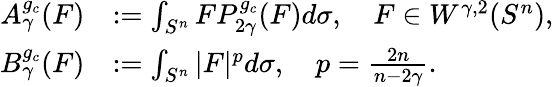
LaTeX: \begin{array}{rl}{A_{\gamma}^{g_{c}}(F)}&{:=\int_{S^{n}}FP_{2\gamma}^{g_{c}}(F)d\sigma,\quad F\in W^{\gamma,2}(S^{n}),}\\ {B_{\gamma}^{g_{c}}(F)}&{:=\int_{S^{n}}|F|^{p}d\sigma,\quad p=\frac{2n}{n-2\gamma}.}\end{array}